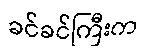
ခင်ခင်ကြီးက